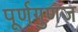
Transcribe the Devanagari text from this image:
पूर्णगुणज